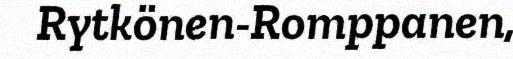
Rytkönen-Romppanen,